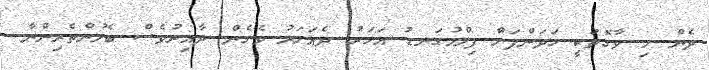
ދެން މި ވާގޮތަކީ ހަދަންފަށްާ ފިލްމުގަނޑު އަހަރު ދެއަހަރު ވެގެން ދާއިރުވެސް ބެލުންތެރިންނާ